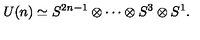
U ( n ) \simeq S ^ { 2 n - 1 } \otimes \cdots \otimes S ^ { 3 } \otimes S ^ { 1 } .